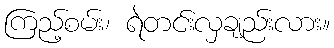
ကြည့်စမ်း၊ ရဲတင်းလှချည်းလား။